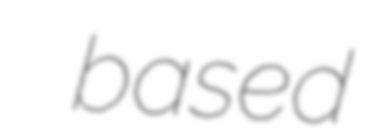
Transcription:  based